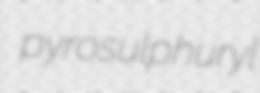
pyrosulphuryl